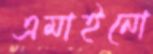
এমাইনো